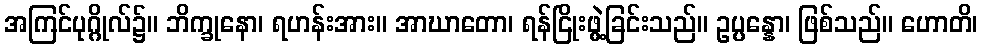
အကြင်ပုဂ္ဂိုလ်၌။ ဘိက္ခုနော၊ ရဟန်းအား။ အာဃာတော၊ ရန်ငြိုးဖွဲ့ခြင်းသည်။ ဥပ္ပန္နော၊ ဖြစ်သည်။ ဟောတိ၊